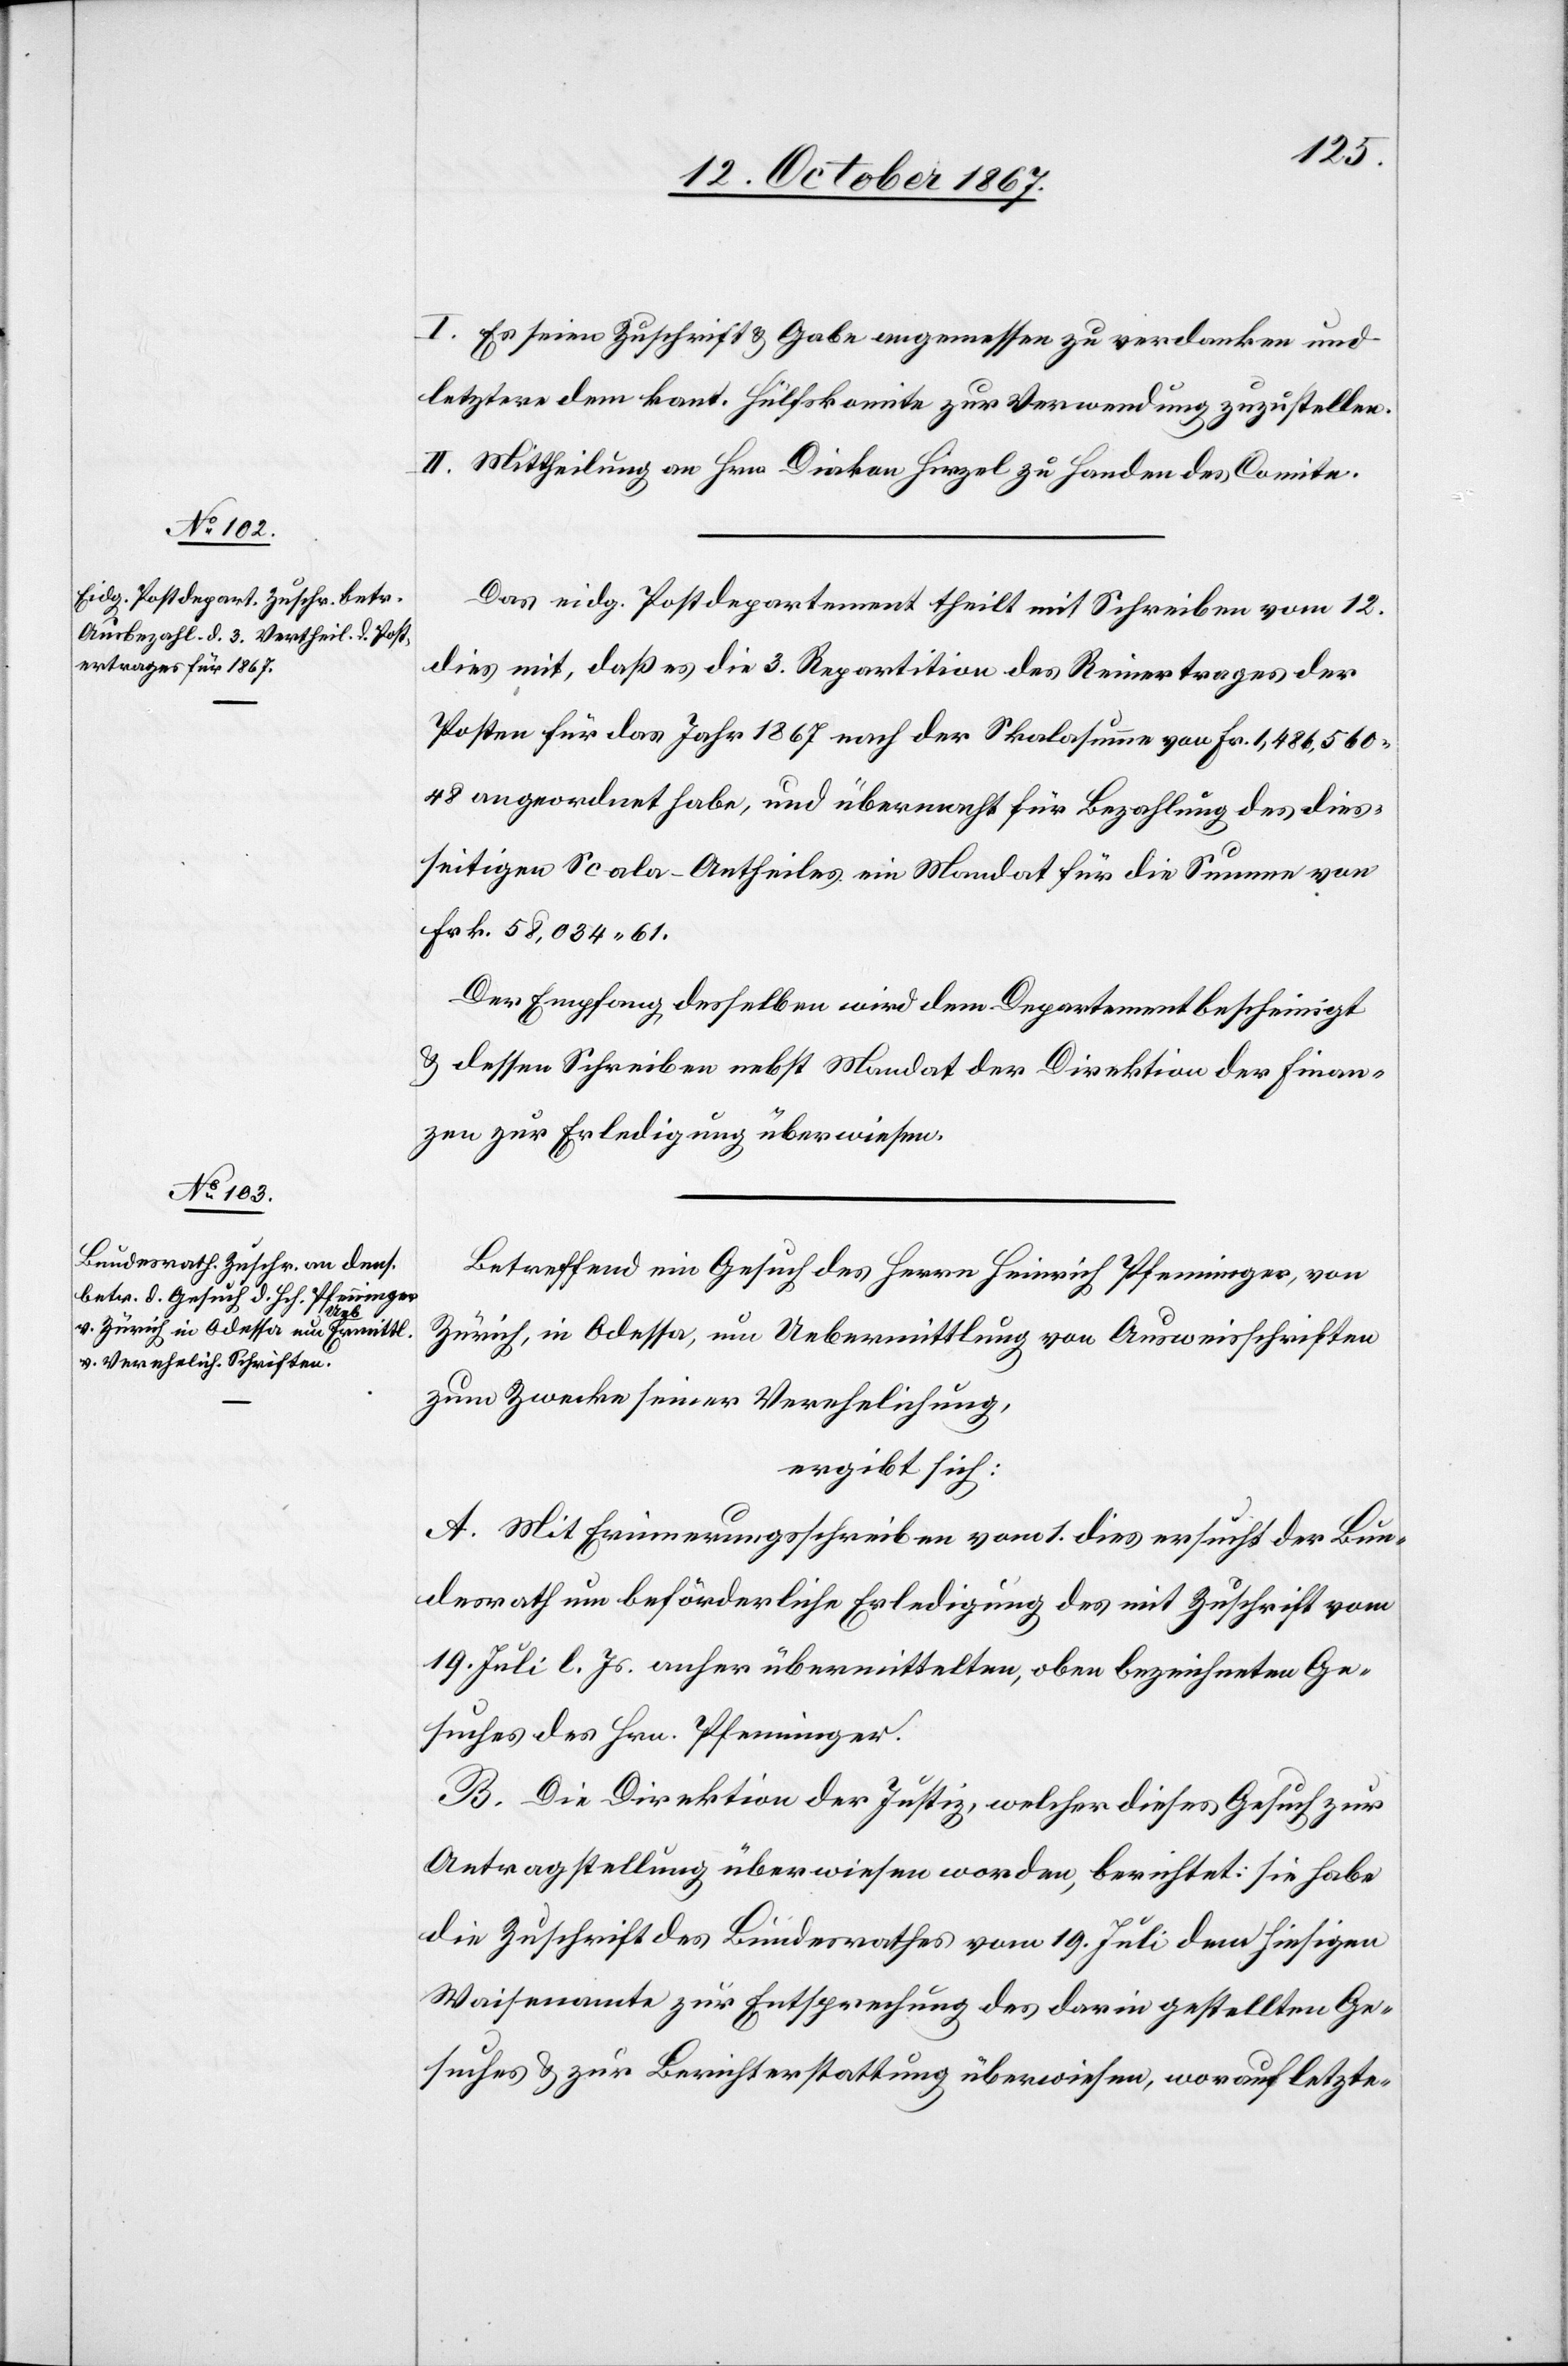
14. October 1867.]
I. Es seien Zuschrift u. Gabe angemessen zu verdanken und
letztere dem kant. Hülfskomite zur Verwendung zuzustellen.
II. Mittheilung an Hrn. Diakon Hirzel zu Handen des Comite.
Das eidg. Postdepartement theilt mit Schreiben vom 12.
dies mit, daß es die 3. Repartition des Reinertrages der
Posten für das Jahr 1867 nach der Skalasumme von Fr. 1 486 560.48
angeordnet habe, und übermacht für Bezahlung des dies¬
seitigen Scala-Antheiles ein Mandat für die Summe von
Frk. 58 034.61.
Der Empfang desselben wird dem Departement bescheinigt
u. dessen Schreiben nebst Mandat der Direktion der Finan¬
zen zur Erledigung überwiesen.
Betreffend ein Gesuch des Herrn Heinrich Pfenninger, von
Zürich, in Odessa, um Uebermittlung von Ausweisschriften
zum Zwecke seiner Verehelichung,
ergibt sich:
A. Mit Erinnerungsschreiben vom 1. dies ersucht der Bun¬
desrath um beförderliche Erledigung des mit Zuschrift vom
19. Juli l. Js. anher übermittelten, oben bezeichneten Ge¬
suches des Hrn. Pfenninger.
B. Die Direktion der Justiz, welcher dieses Gesuch zur
Antragstellung überwiesen worden, berichtet: sie habe
die Zuschrift des Bundesrathes vom 19. Juli dem hiesigen
Waisenamte zur Entsprechung des darin gestellten Ge¬
suches u. zur Berichterstattung überwiesen, worauf letzte-